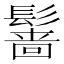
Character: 𲌡